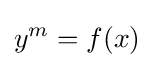
y^{m}=f(x)